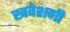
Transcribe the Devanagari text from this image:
खवेशगी